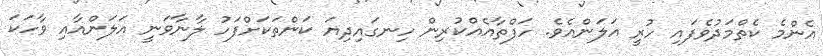
އެންމެ ކެތްމަދުވެފައި ހުރީ އަލަންއެވެ. ހަފްތާއެއްކުރިން ހިނގައިދިޔަ ކަންތަކަށްފަހު ލާނާވަނީ އަލަންއާއި ވާހަކަ